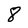
Character: 8